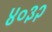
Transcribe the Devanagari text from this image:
४०३२